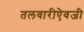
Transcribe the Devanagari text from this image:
तलवारीऐवजी